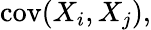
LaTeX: \operatorname{cov}(X_{i},X_{j}),